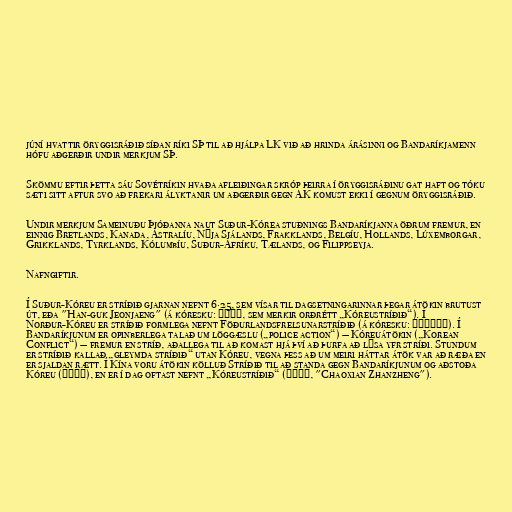
júní hvattir öryggisráðið síðan ríki SÞ til að hjálpa LK við að hrinda árásinni og Bandaríkjamenn
hófu aðgerðir undir merkjum SÞ.

Skömmu eftir þetta sáu Sovétríkin hvaða afleiðingar skróp þeirra í öryggisráðinu gat haft og tóku
sæti sitt aftur svo að frekari ályktanir um aðgerðir gegn AK komust ekki í gegnum öryggisráðið.

Undir merkjum Sameinuðu Þjóðanna naut Suður-Kórea stuðnings Bandaríkjanna öðrum fremur, en
einnig Bretlands, Kanada, Ástralíu, Nýja Sjálands, Frakklands, Belgíu, Hollands, Lúxemborgar,
Grikklands, Tyrklands, Kólumbíu, Suður-Afríku, Tælands, og Filippseyja.

Nafngiftir.

Í Suður-Kóreu er stríðið gjarnan nefnt 6·25, sem vísar til dagsetningarinnar þegar átökin brutust
út, eða "Han-guk Jeonjaeng" (á kóresku: 한국전쟁, sem merkir orðrétt „Kóreustríðið“). Í
Norður-Kóreu er stríðið formlega nefnt Föðurlandsfrelsunarstríðið (á kóresku: 조국해방전쟁). Í
Bandaríkjunum er opinberlega talað um löggæslu („police action“) — Kóreuátökin („Korean
Conflict“) — fremur en stríð, aðallega til að komast hjá því að þurfa að lýsa yfr stríði. Stundum
er stríðið kallað „gleymda stríðið“ utan Kóreu, vegna þess að um meiri háttar átök var að ræða en
er sjaldan rætt. Í Kína voru átökin kölluð Stríðið til að standa gegn Bandaríkjunum og aðstoða
Kóreu (抗美援朝), en er í dag oftast nefnt „Kóreustríðið“ (朝鮮戰爭, "Chaoxian Zhanzheng").